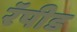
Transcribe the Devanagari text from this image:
रॅपीड